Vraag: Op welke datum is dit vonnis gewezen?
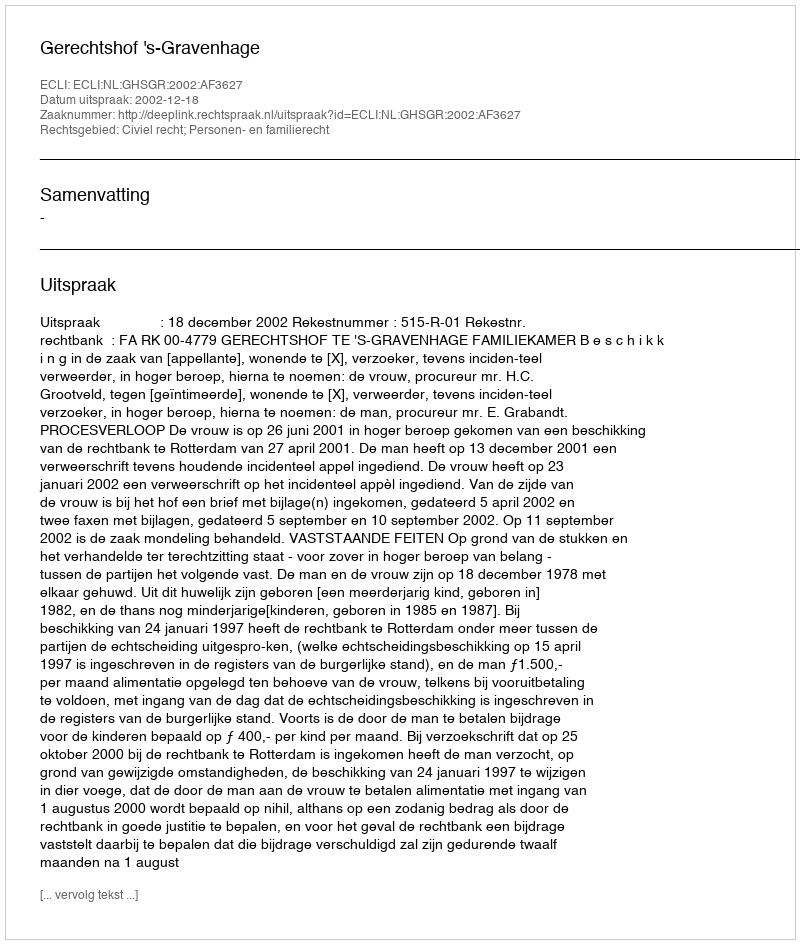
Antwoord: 2002-12-18